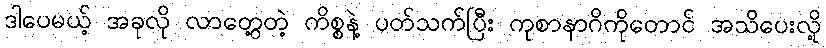
ဒါပေမယ့် အခုလို လာတွေ့တဲ့ ကိစ္စနဲ့ ပတ်သက်ပြီး ကုစာနာဂိကိုတောင် အသိပေးလို့